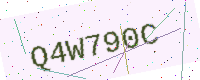
Text: Q4W790C